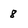
Character: 8